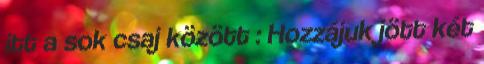
itt a sok csaj között : Hozzájuk jött két